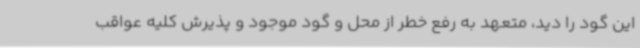
این گود را دید، متعهد به رفع خطر از محل و گود موجود و پذیرش کلیه عواقب